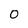
Character: 0